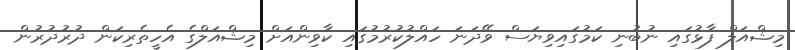
މިޝްއަލް ފާޅުގައި ނުބުނި ކަމުގައިވިޔަސް ވޭދަނަ ހައްލުކުރުމުގައި ކާވިންއަށް މިޝްއަލްގެ އެހީތެރިކަން ދުރުދުރުން